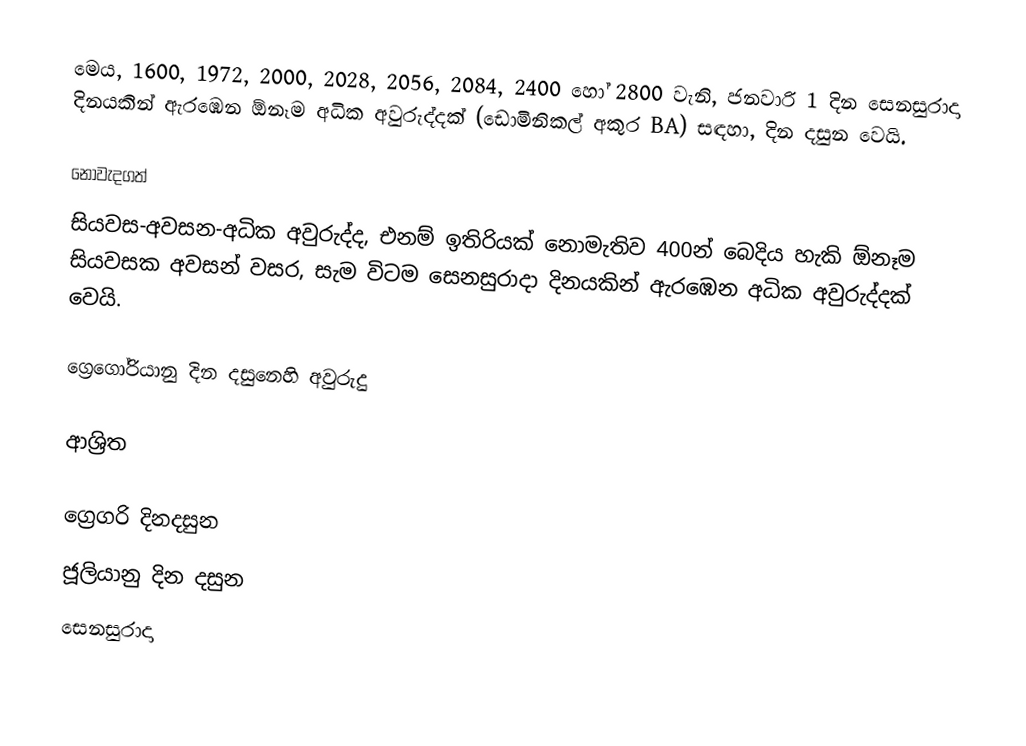
මෙය, 1600, 1972, 2000, 2028, 2056, 2084, 2400 හෝ 2800 වැනි, ජනවාරි 1 දින සෙනසුරාදා දිනයකින් ඇරඹෙන ඕනෑම  අධික අවුරුද්දක්  (ඩොමිනිකල් අකුර BA) සඳහා,  දින දසුන වෙයි.

නොවැදගත්
සියවස-අවසන-අධික අවුරුද්ද, එනම් ඉතිරියක් නොමැතිව 400න් බෙදිය හැකි ඕනෑම සියවසක අවසන් වසර, සැම විටම  සෙනසුරාදා දිනයකින් ඇරඹෙන අධික අවුරුද්දක් වෙයි.

ග්‍රෙගෝරියානු දින දසුනෙහි අවුරුදු

ආශ්‍රිත

ග්‍රෙගරි දිනදසුන
ජූලියානු දින දසුන
සෙනසුරාදා